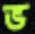
ভ